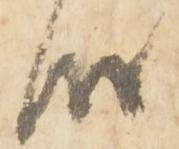
候